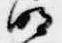
明